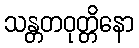
သန္တတဝုတ္တိနော